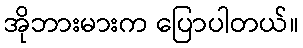
အိုဘားမားက ပြောပါတယ်။